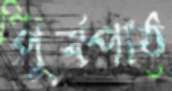
পূর্বপাঠ